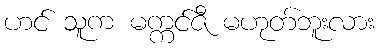
ဟင် သူက မက္ကင်ဇီ မဟုတ်ဘူးလား